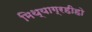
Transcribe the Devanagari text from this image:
मिथ्याग्रहीहो